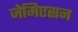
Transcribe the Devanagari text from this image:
जेमिएसन